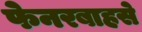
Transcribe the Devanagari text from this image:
फेनरबाहसे